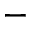
-